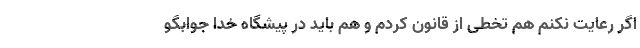
اگر رعایت نکنم هم تخطی از قانون کردم و هم باید در پیشگاه خدا جوابگو